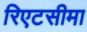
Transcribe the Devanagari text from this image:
रिएटसीमा